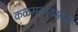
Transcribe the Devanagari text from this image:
कळमगावमध्ये